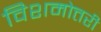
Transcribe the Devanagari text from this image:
विशमोत्तरी